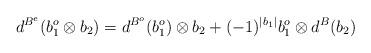
LaTeX: \begin{align*}d^{B^e} ( b_1^o \otimes b_2 ) = d^{B^o} ( b_1^o) \otimes b_2 + (-1)^{|b_1|} b_1^o \otimes d^{B}(b_2 )\end{align*}